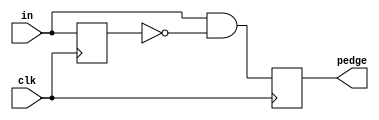
module top_module (
    input clk,
    input [7:0] in,
    output [7:0] pedge
);
    wire [7:0] out;
    always @(posedge clk) begin
        out <= in;
        pedge <= in & ~out;
    end
endmodule